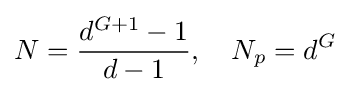
N={\frac {d^{G+1}-1}{d-1}},\quad N_{p}=d^{G}